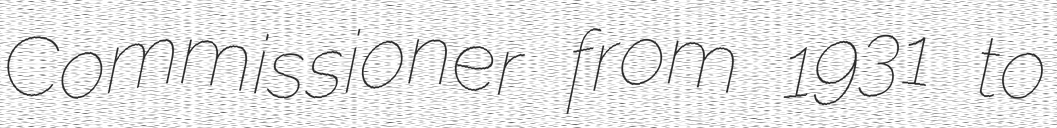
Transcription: Commissioner from 1931 to